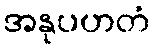
အနုပဟတံ